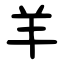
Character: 羊